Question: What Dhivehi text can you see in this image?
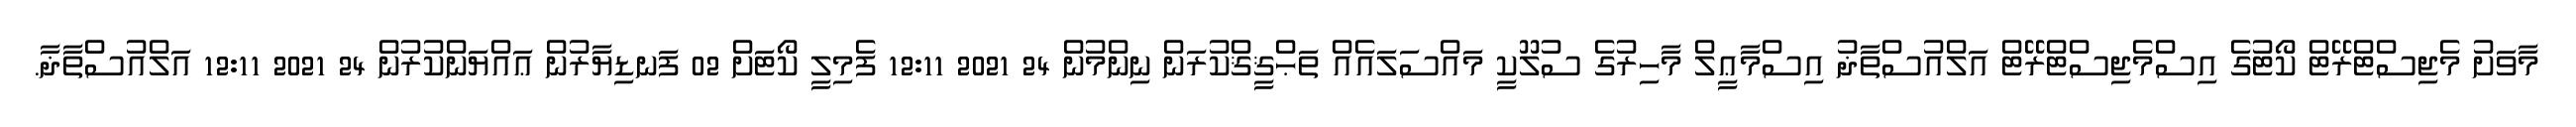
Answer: މާވަށު މެޖިސްޓްރޭޓް ކޯޓުގެ އިސްމެޖިސްޓްރޭޓް އަލްއުސްތާޛު އިސްމާޢީލް މާހިރުގެ ސުލޫކީ މައްސަލައެއް ތަޙްޤީޤްކުރަން ނިންމުން 24 2021 12:11 ފެމިލީ ކޯޓަށް 02 ފަނޑިޔާރުން ޢައްޔަންކުރުން 24 2021 12:11 އަލްއުސްތާޛާ.